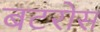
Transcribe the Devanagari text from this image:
बटरोस